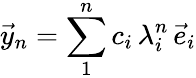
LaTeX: {\vec{y}}_{n}=\sum_{1}^{n}{c_{i}\, \lambda_{i}^{n}\, {\vec{e}}_{i}}